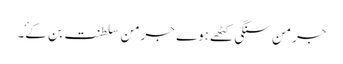
جرمن سنگی کٹھے ہوے جرمن سلطنت بن کۓ۔